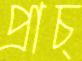
প্রাচ্